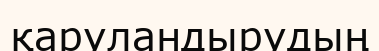
қаруландырудың